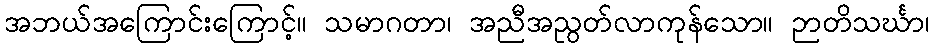
အဘယ်အကြောင်းကြောင့်။ သမာဂတာ၊ အညီအညွတ်လာကုန်သော။ ဉာတိသင်္ဃာ၊